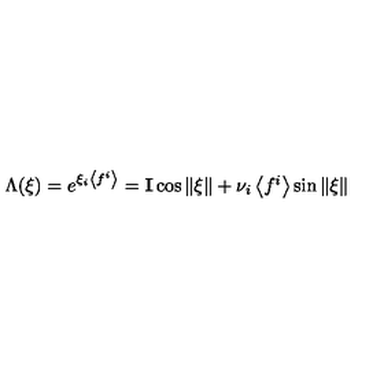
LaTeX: \Lambda ( \xi ) = \textstyle { e ^ { \xi _ { i } \left< f ^ { i } \right> } = { \bf I } \cos \| \xi \| + \nu _ { i } \left< f ^ { i } \right> } \sin \| \xi \|